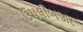
ઉપલીબજાર